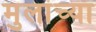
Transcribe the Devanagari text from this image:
मुलांच्‍या